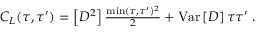
\begin{array} { r } { C _ { L } ( \tau , \tau ^ { \prime } ) = \left[ D ^ { 2 } \right] \frac { \operatorname* { m i n } ( \tau , \tau ^ { \prime } ) ^ { 2 } } { 2 } + \mathrm { V a r } \left[ D \right] \tau \tau ^ { \prime } \ . } \end{array}